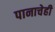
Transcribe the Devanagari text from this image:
पानाचेही